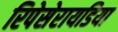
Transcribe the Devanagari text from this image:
रिपेसेरायडिया